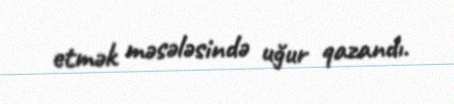
etmək məsələsində uğur qazandı.